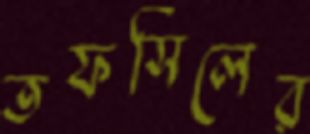
তফসিলের